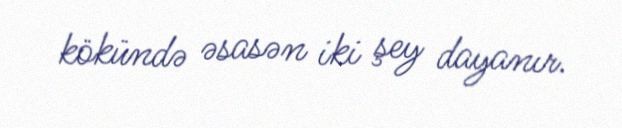
kökündə əsasən iki şey dayanır.